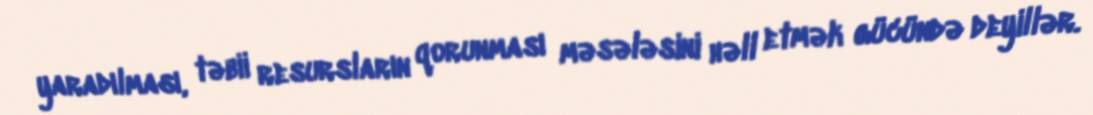
yaradılması, təbii resursların qorunması məsələsini həll etmək gücündə deyillər.